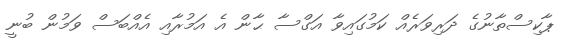
ޕާކިސްތާނުގެ ދަރިވަރެއް ކަމުގައިވާ އަގްސާ ޙާން އެ އަމުރާއި އެއްބަސް ވަމުން ބުނީ